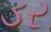
ડર